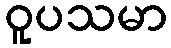
ဝူပသမာ